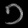
Digit: ၁